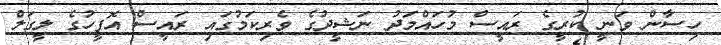
ހިސާން ވަނީ ކުރީގެ ރައީސް މުހައްމަދު ނަޝީދުގެ ވެރިކަމުގައި ރައީސް އޮފީހުގެ ލީގަލް